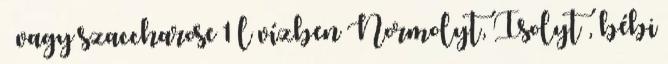
vagy szaccharose 1 l vízben Normolyt, Isolyt , bébi